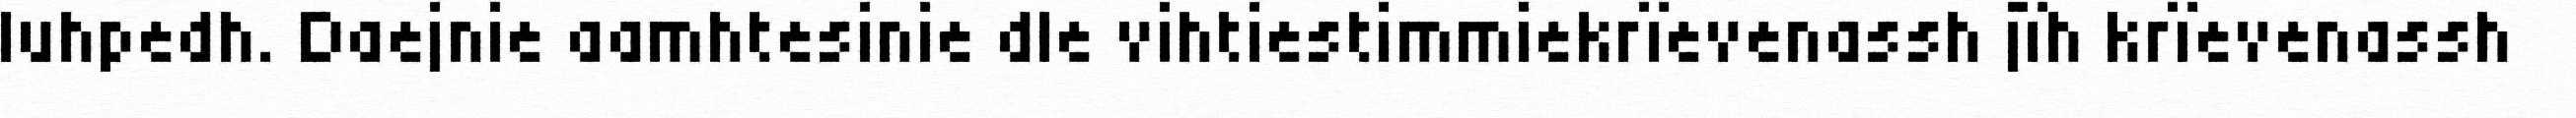
luhpedh. Daejnie aamhtesinie dle vihtiestimmiekrïevenassh jïh krïevenassh